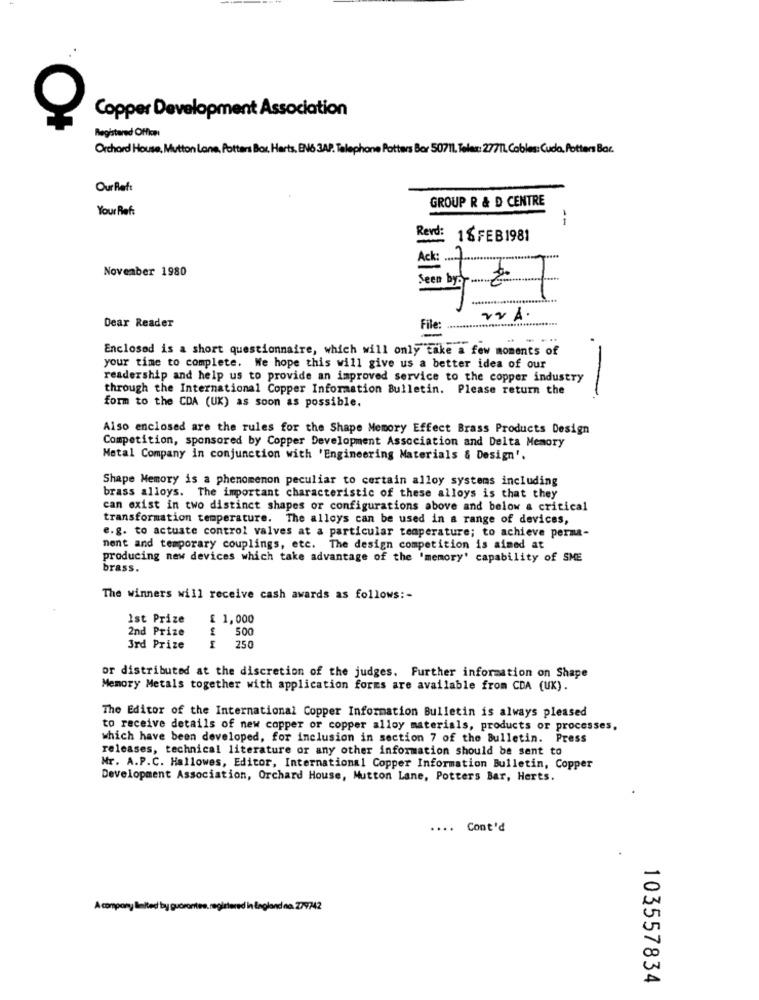
Copper Development Association
Registered Office
Orchard House, Mutton Lana, Potters Box Harts, EN6 3AP. Telephone Potters Bor 5071. Telex: 27IL Cables: Cuda, Potters Bac.
OurRett
GROUP R & D CENTRE
Your Ref:
i
Revd: 16 FEB1981
November 1980
Ack:
=
Seen by Z1
Dear Reader
File:
Enclosed is a short questionnaire, which will only take a few moments of
your time to complete. We hope this will give us a better idea of our
readership and help us to provide an improved service to the copper industry
through the International Copper Information Bulletin. Please return the
-
form to the CDA (UK) as soon as possible.
Also enclosed are the rules for the Shape Memory Effect Brass Products Design
Competition, sponsored by Copper Development Association and Delta Memory
Metal Company in conjunction with 'Engineering Materials & Design'.
Shape Memory is a phenomenon peculiar to certain alloy systems including
brass alloys. The important characteristic of these alloys is that they
can exist in two distinct shapes or configurations above and below a critical
transformation temperature. The alloys can be used in a range of devices,
e.g. to actuate control valves at a particular temperature; to achieve perma-
nent and temporary couplings, etc. The design competition is aimed at
producing new devices which take advantage of the 'memory' capability of SME
brass.
The winners will receive cash awards as follows :-
Ist Prize
£ 1,000
2nd Prize
500
---
3rd Prize
250
or distributed at the discretion of the judges. Further information on Shape
Memory Metals together with application forms are available from CDA (UK).
The Editor of the International Copper Information Bulletin is always pleased
to receive details of new copper or copper alloy materials, products or processes,
which have been developed, for inclusion in section 7 of the Bulletin. Press
releases, technical literature or any other information should be sent to
Mr. A.P.C. Hallowes, Editor, International Copper Information Bulletin, Copper
Development Association, Orchard House, Mutton Lane, Potters Bar, Herts.
....
Cont'd
A company butted by guarantee registered in England
103557834